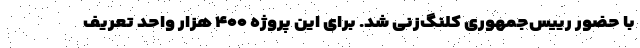
با حضور رییس‌جمهوری کلنگ‌زنی شد. برای این پروژه ۴۰۰ هزار واحد تعریف